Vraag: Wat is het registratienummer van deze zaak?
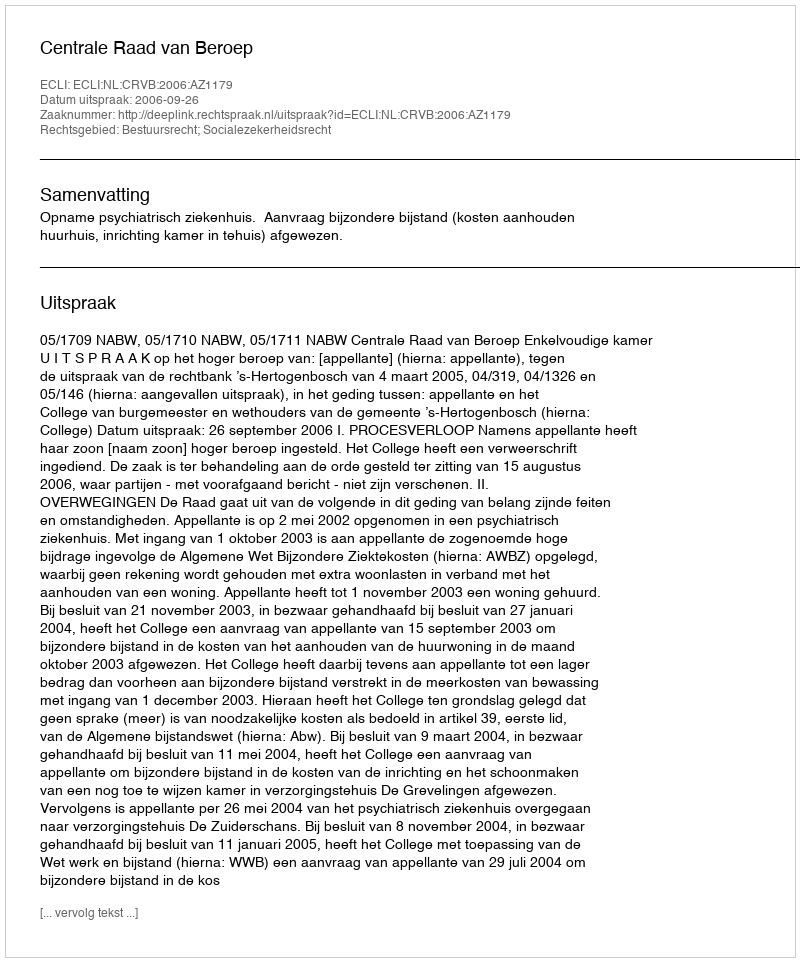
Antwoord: http://deeplink.rechtspraak.nl/uitspraak?id=ECLI:NL:CRVB:2006:AZ1179